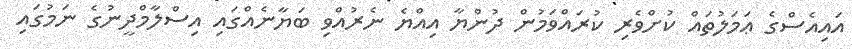
އައިއެސްގެ ޢަމަލުތައް ކުށްވެރި ކުރައްވަމުން ދުންޔާ އިއްޔެ ނެރުއްވި ބަޔާނެއްގައި އިސްލާމްދީނުގެ ނަމުގައި